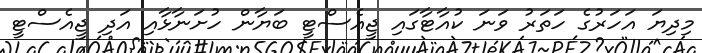
މިދިޔަ އަހަރުގެ ހަތަރު ވަނަ ކުއާޓާގައި ޖީއެސްޓީ ބަޔާން ހުށަނާޅާއި އަދި ޖީއެސްޓީ